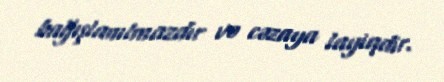
bağışlanılmazdır və cəzaya layiqdir.